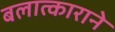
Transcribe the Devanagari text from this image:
बलात्काराने